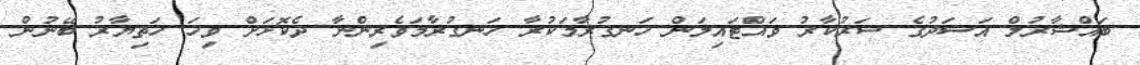
ބައްޝާރުލް އަސަދުގެ ސަރުކާރު ވައްޓައިލަން ހަނގުރާމަކުރާ ހަނގުރާމަވެރިންނާ ދެކޮޅަށް ވިހަ ހަތިޔާރު ބޭނުން